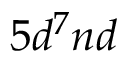
5 d ^ { 7 } n d